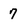
Character: 7